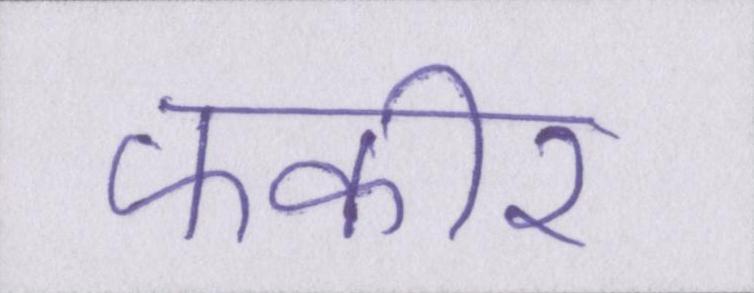
फकीर